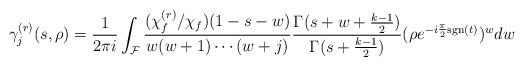
LaTeX: \begin{align*}\gamma_{j}^{(r)}(s,\rho)&=\frac{1}{2\pi i}\int_{\mathcal{F}}\frac{(\chi_f^{(r)}/\chi_f)(1-s-w)}{w(w+1)\cdots(w+j)}\frac{\Gamma(s+w+\frac{k-1}{2})}{\Gamma(s+\frac{k-1}{2})}(\rho e^{-i\frac{\pi}{2}{\rm sgn}(t)})^wdw\end{align*}